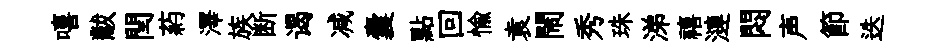
嘻黻閏葯澤族断谒减囊點回愉袁閙秀珠涕禧漣悶声節迭